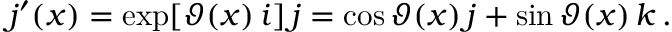
j ^ { \prime } ( x ) = \exp [ \vartheta ( x ) \, i ] \, j = \cos \vartheta ( x ) \, j + \sin \vartheta ( x ) \, k \, .